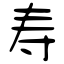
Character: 寿